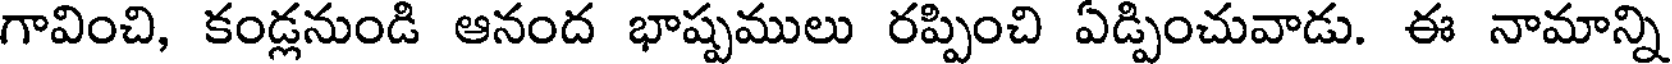
గావించి, కండ్లనుండి ఆనంద భాష్పములు రప్పించి ఏడ్పించువాడు. ఈ నామాన్ని